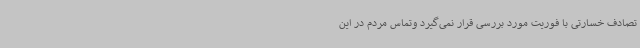
تصادف خسارتی با فوریت مورد بررسی قرار نمی‌گیرد وتماس مردم در این